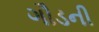
ગૌડની